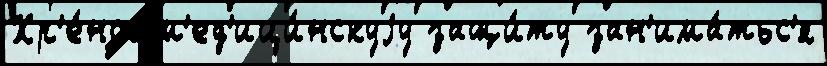
Хр'е́нов м'ед'ици́нскуjу защи́ту зан'има́тьс'я